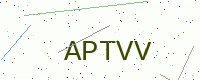
Text: APTVV